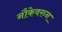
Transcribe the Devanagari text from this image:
नौकेवरुन